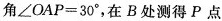
角$$\angle OAP=30^{\circ}$$，在B处测得P点